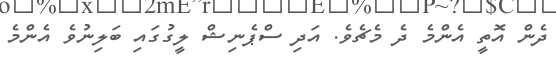
ދެން އޮތީ އެންމެ ދެ މެޗެވެ. އަދި ސްޕެނިޝް ލީގުގައި ބަލިނުވެ އެންމެ